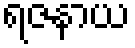
ရဇနာယ